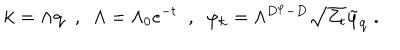
{ \bf { k } } = \Lambda { \bf { q } } \; \; , \; \; \Lambda = \Lambda _ { 0 } e ^ { - t } \; \; , \; \; \varphi _ { \bf { k } } = \Lambda ^ { D ^ { \varphi } - D } \sqrt { Z _ { t } } \tilde { \varphi } _ { \bf { q } } \; .